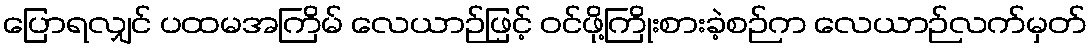
ပြောရလျှင် ပထမအကြိမ် လေယာဉ်ဖြင့် ဝင်ဖို့ကြိုးစားခဲ့စဉ်က လေယာဉ်လက်မှတ်